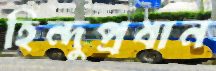
হিন্দুপ্রধান